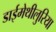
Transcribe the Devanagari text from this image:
डाईमेथीलुरिया